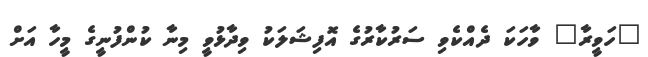
"ހަވީރާ" ވާހަކަ ދެއްކެވި ސަރުކާރުގެ އޮފިޝަލަކު ވިދާޅުވީ މިނާ ކުންފުނީގެ މީހާ އަށް